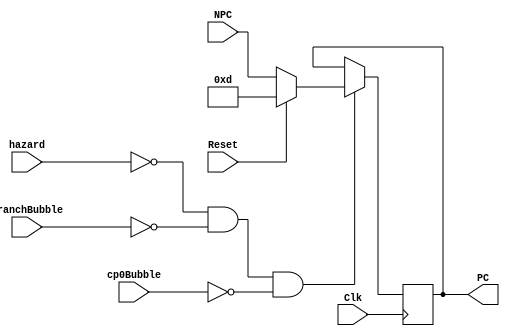
module pc(NPC,Clk,Reset,PC,hazard,BranchBubble,cp0Bubble);
	input[31:2]       NPC;
	input 			  Clk;
	input 			  Reset;
	input 			  hazard;
	input 			  BranchBubble;
	input             cp0Bubble;
	output reg [31:2] PC;
	
	initial begin
		PC = 30'd0;
	end

	always @(posedge Clk)
	begin
		if (hazard == 0 && BranchBubble == 0 && cp0Bubble == 0) 
		begin
			if (Reset == 1) //34
				 PC <= 30'b00_0000_0000_0000_0000_0000_0000_1101;//high 30
			else PC <= NPC;//PC
		end
	end
endmodule